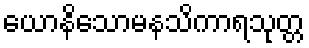
ယောနိသောမနသိကာရသုတ္တ